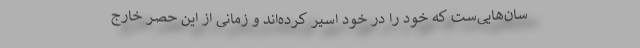
سان‌هایی‌ست که خود را در خود اسیر کرده‌اند و زمانی از این حصر خارج